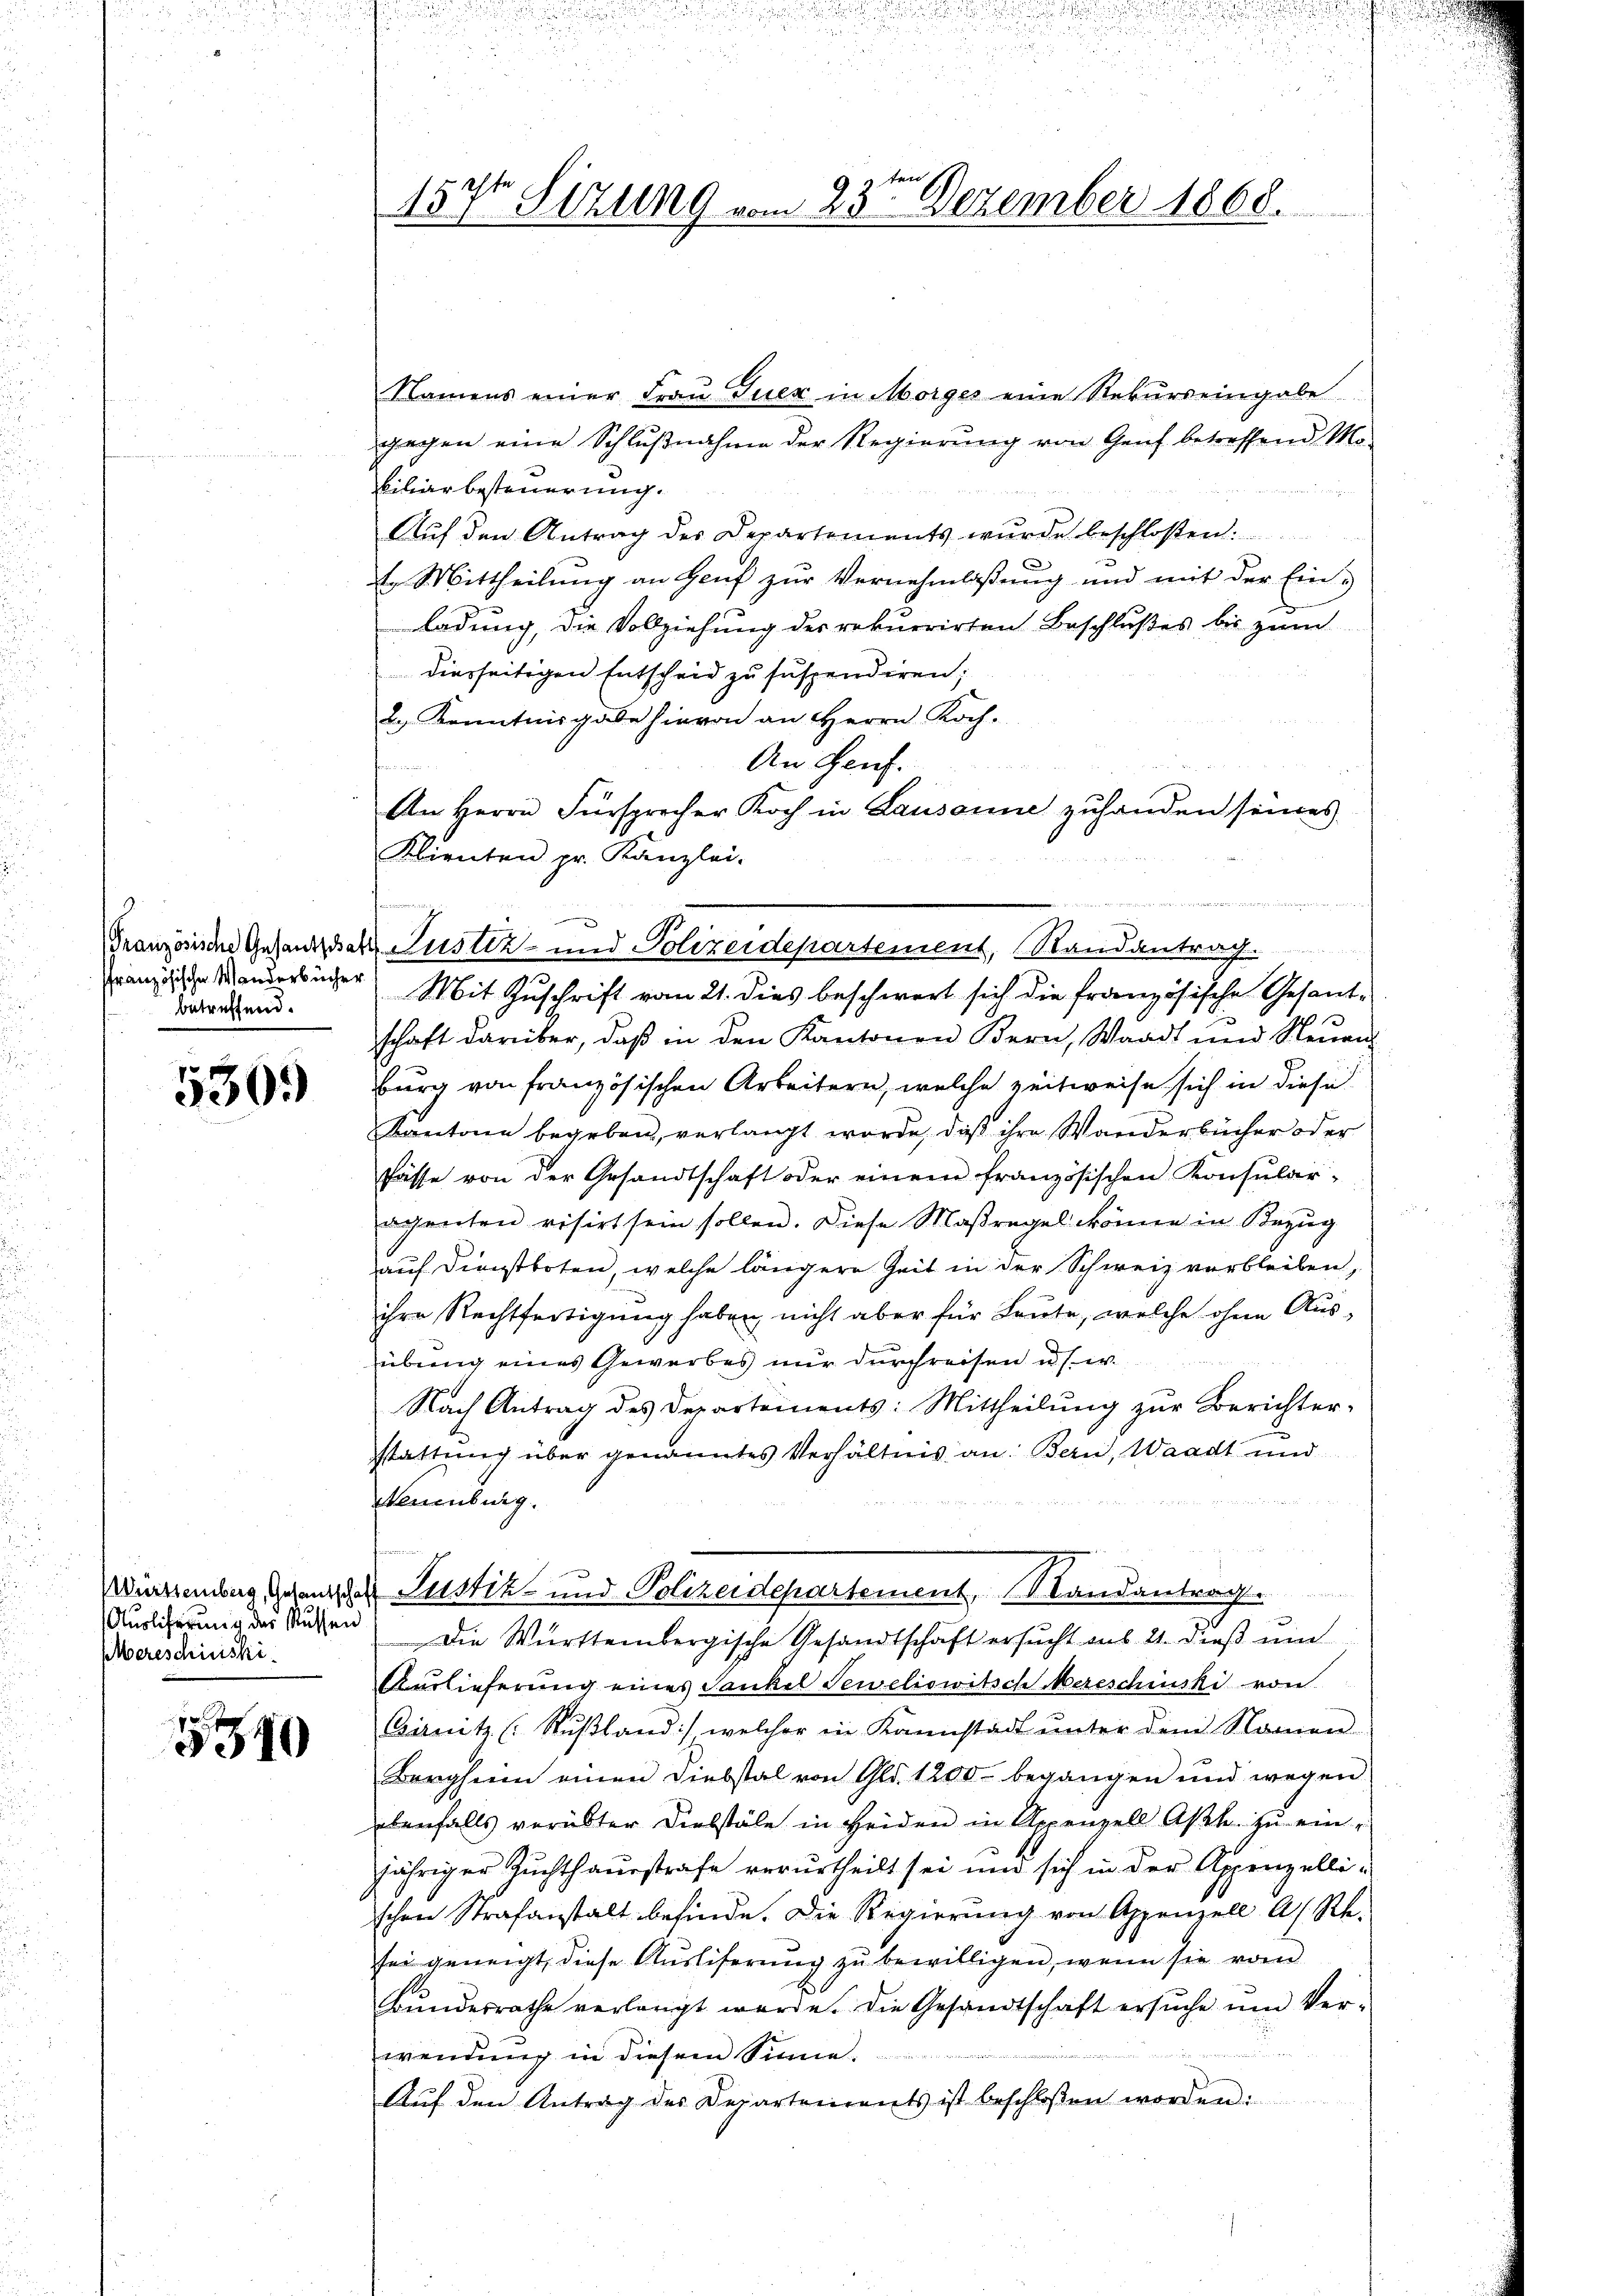
ffranzösische Wanderbücher
betreffend.

530.

Auslieferung der Russen
pereschinski

540

15 Xr Sitzung vom 23te͇n Dezember 1868.

Namens einer Frau Juer in Morges eine Rekurseingabe
gegen eine Schlußnahme der Regierung von Genf betreffend Mo-
biliar besteuerung.
Auf den Antrag der Departements wurde beschloßen:
¬
E. Mittheilung an Heuf zur Vernehmlassung und mit der Einladung, die Vollziehung des rekurrirten Beschlußes bis zum
diesseitigen Entscheid zu suspendiren;
2. Kenntnisgabe hievon an Herrn Koch-
An Genf.
n
An Herrn Fürsprecher Koch in Lausanne zŭhanden seines
Klienten pr. Kanzlei.
Französische Gesandtschaft Justiz- und Polizeidepartement, Randantrag.
Mit Zuschrift vom 21. dies beschwert sich die französische Gesant-
schaft darüber, daß in den Kantonen Bern, Waadt und Neuen
burg von französischen Arbeitern, welche zeitweise sich in diese
Kantone begeben, verlangt wurde, daß ihre Wanderbücher oder
Pässe von der Gesandtschaft oder einem französischen Konsular-
ocenten risirt sein sollen. Diese Maßregel könne in Bezug
auf Dienstboten, welche längere Zeit in der Schweiz verbleiben,
ihre Rechtfertigung haben nicht aber für Leute, welche ohne Aus-
übung eines Gewerbes nur durchreisen u. s. w.
Nach Antrag des Departements: Mittheilung zur Berichter-
stattung über genanntes Verhältnis an: Bern, Waadt und

Neuenburg.
Wintenburg unter Justik und Polizeidepartement, Randantrag.
Die Württembergische Gesandtschaft ersucht aus 2. dieß ein
Auslieferung eines Sankel Teweliowitschereschinski von
Girnitz (Rŭβland), welcher in Kannstadt ŭnter dem Namen
Borgheim einen Diebstal von Gld. 1200 begangen und wegen
ebenfalls verübter Diebstäle in Heiden in Appenzell Aßl. zu einjähriger Zuchthausstrafe verurtheilt sei und sich in der Appenzellischen Strafanstalt befinde. Die Regierung von Appenzell A/Rhe-
sei geneigt, diese Ausliferung zu bewilligen, wenn sie vom
Bundesrathe verlangt werde. Die Gesandtschaft ersuche und Verwendung in diesem Sinne.
Aŭf den Antrag der Departements ist beschloßen worden: